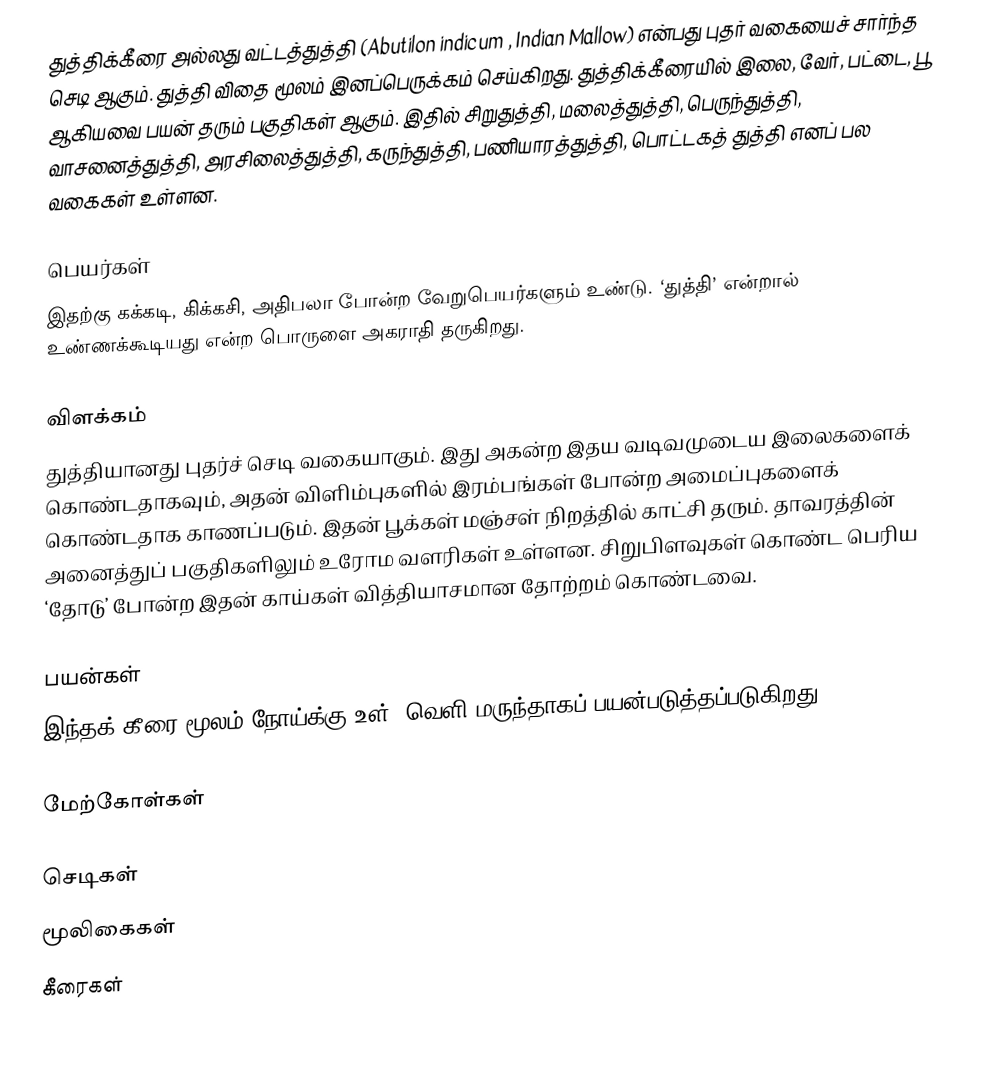
துத்திக்கீரை அல்லது வட்டத்துத்தி (Abutilon indicum , Indian Mallow) என்பது புதர் வகையைச் சார்ந்த செடி ஆகும். துத்தி விதை மூலம் இனப்பெருக்கம் செய்கிறது. துத்திக்கீரையில் இலை, வேர், பட்டை, பூ ஆகியவை பயன் தரும் பகுதிகள் ஆகும். இதில் சிறுதுத்தி, மலைத்துத்தி, பெருந்துத்தி, வாசனைத்துத்தி, அரசிலைத்துத்தி, கருந்துத்தி, பணியாரத்துத்தி, பொட்டகத் துத்தி எனப் பல வகைகள் உள்ளன.

பெயர்கள்
இதற்கு கக்கடி, கிக்கசி, அதிபலா போன்ற வேறுபெயர்களும் உண்டு. ‘துத்தி’ என்றால் உண்ணக்கூடியது என்ற பொருளை அகராதி தருகிறது.

விளக்கம்
துத்தியானது புதர்ச் செடி வகையாகும். இது அகன்ற இதய வடிவமுடைய இலைகளைக் கொண்டதாகவும், அதன் விளிம்புகளில் இரம்பங்கள் போன்ற அமைப்புகளைக் கொண்டதாக காணப்படும். இதன் பூக்கள் மஞ்சள் நிறத்தில் காட்சி தரும். தாவரத்தின் அனைத்துப் பகுதிகளிலும் உரோம வளரிகள் உள்ளன. சிறுபிளவுகள் கொண்ட பெரிய ‘தோடு’ போன்ற இதன் காய்கள் வித்தியாசமான தோற்றம் கொண்டவை.

பயன்கள்
இந்தக் கீரை மூலம் நோய்க்கு உள், வெளி மருந்தாகப் பயன்படுத்தப்படுகிறது.

மேற்கோள்கள்

செடிகள்
மூலிகைகள்
கீரைகள்